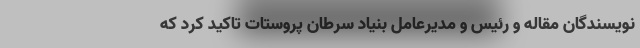
نویسندگان مقاله و رئیس و مدیرعامل بنیاد سرطان پروستات تاکید کرد که